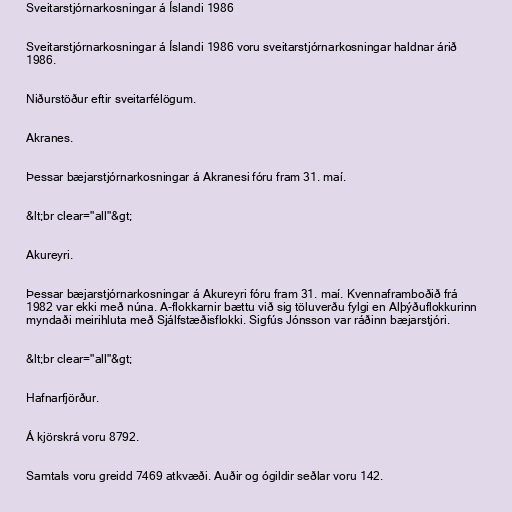
Sveitarstjórnarkosningar á Íslandi 1986

Sveitarstjórnarkosningar á Íslandi 1986 voru sveitarstjórnarkosningar haldnar árið
1986.

Niðurstöður eftir sveitarfélögum.

Akranes.

Þessar bæjarstjórnarkosningar á Akranesi fóru fram 31. maí.

&lt;br clear="all"&gt;

Akureyri.

Þessar bæjarstjórnarkosningar á Akureyri fóru fram 31. maí. Kvennaframboðið frá
1982 var ekki með núna. A-flokkarnir bættu við sig töluverðu fylgi en Alþýðuflokkurinn
myndaði meirihluta með Sjálfstæðisflokki. Sigfús Jónsson var ráðinn bæjarstjóri.

&lt;br clear="all"&gt;

Hafnarfjörður.

Á kjörskrá voru 8792.

Samtals voru greidd 7469 atkvæði. Auðir og ógildir seðlar voru 142.